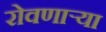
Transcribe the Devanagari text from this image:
रोवणार्‍या